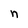
Character: n